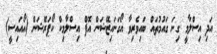
އަދި އިސްލާމީ ގިނަ ގައުމުތައް ބައިވެރިވާ އޯގަނައިޒޭޝަން އޮފް އިސްލާމިކް ކޯޕަރޭޝަން (އޯއައިސީ)